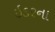
ઇડરના